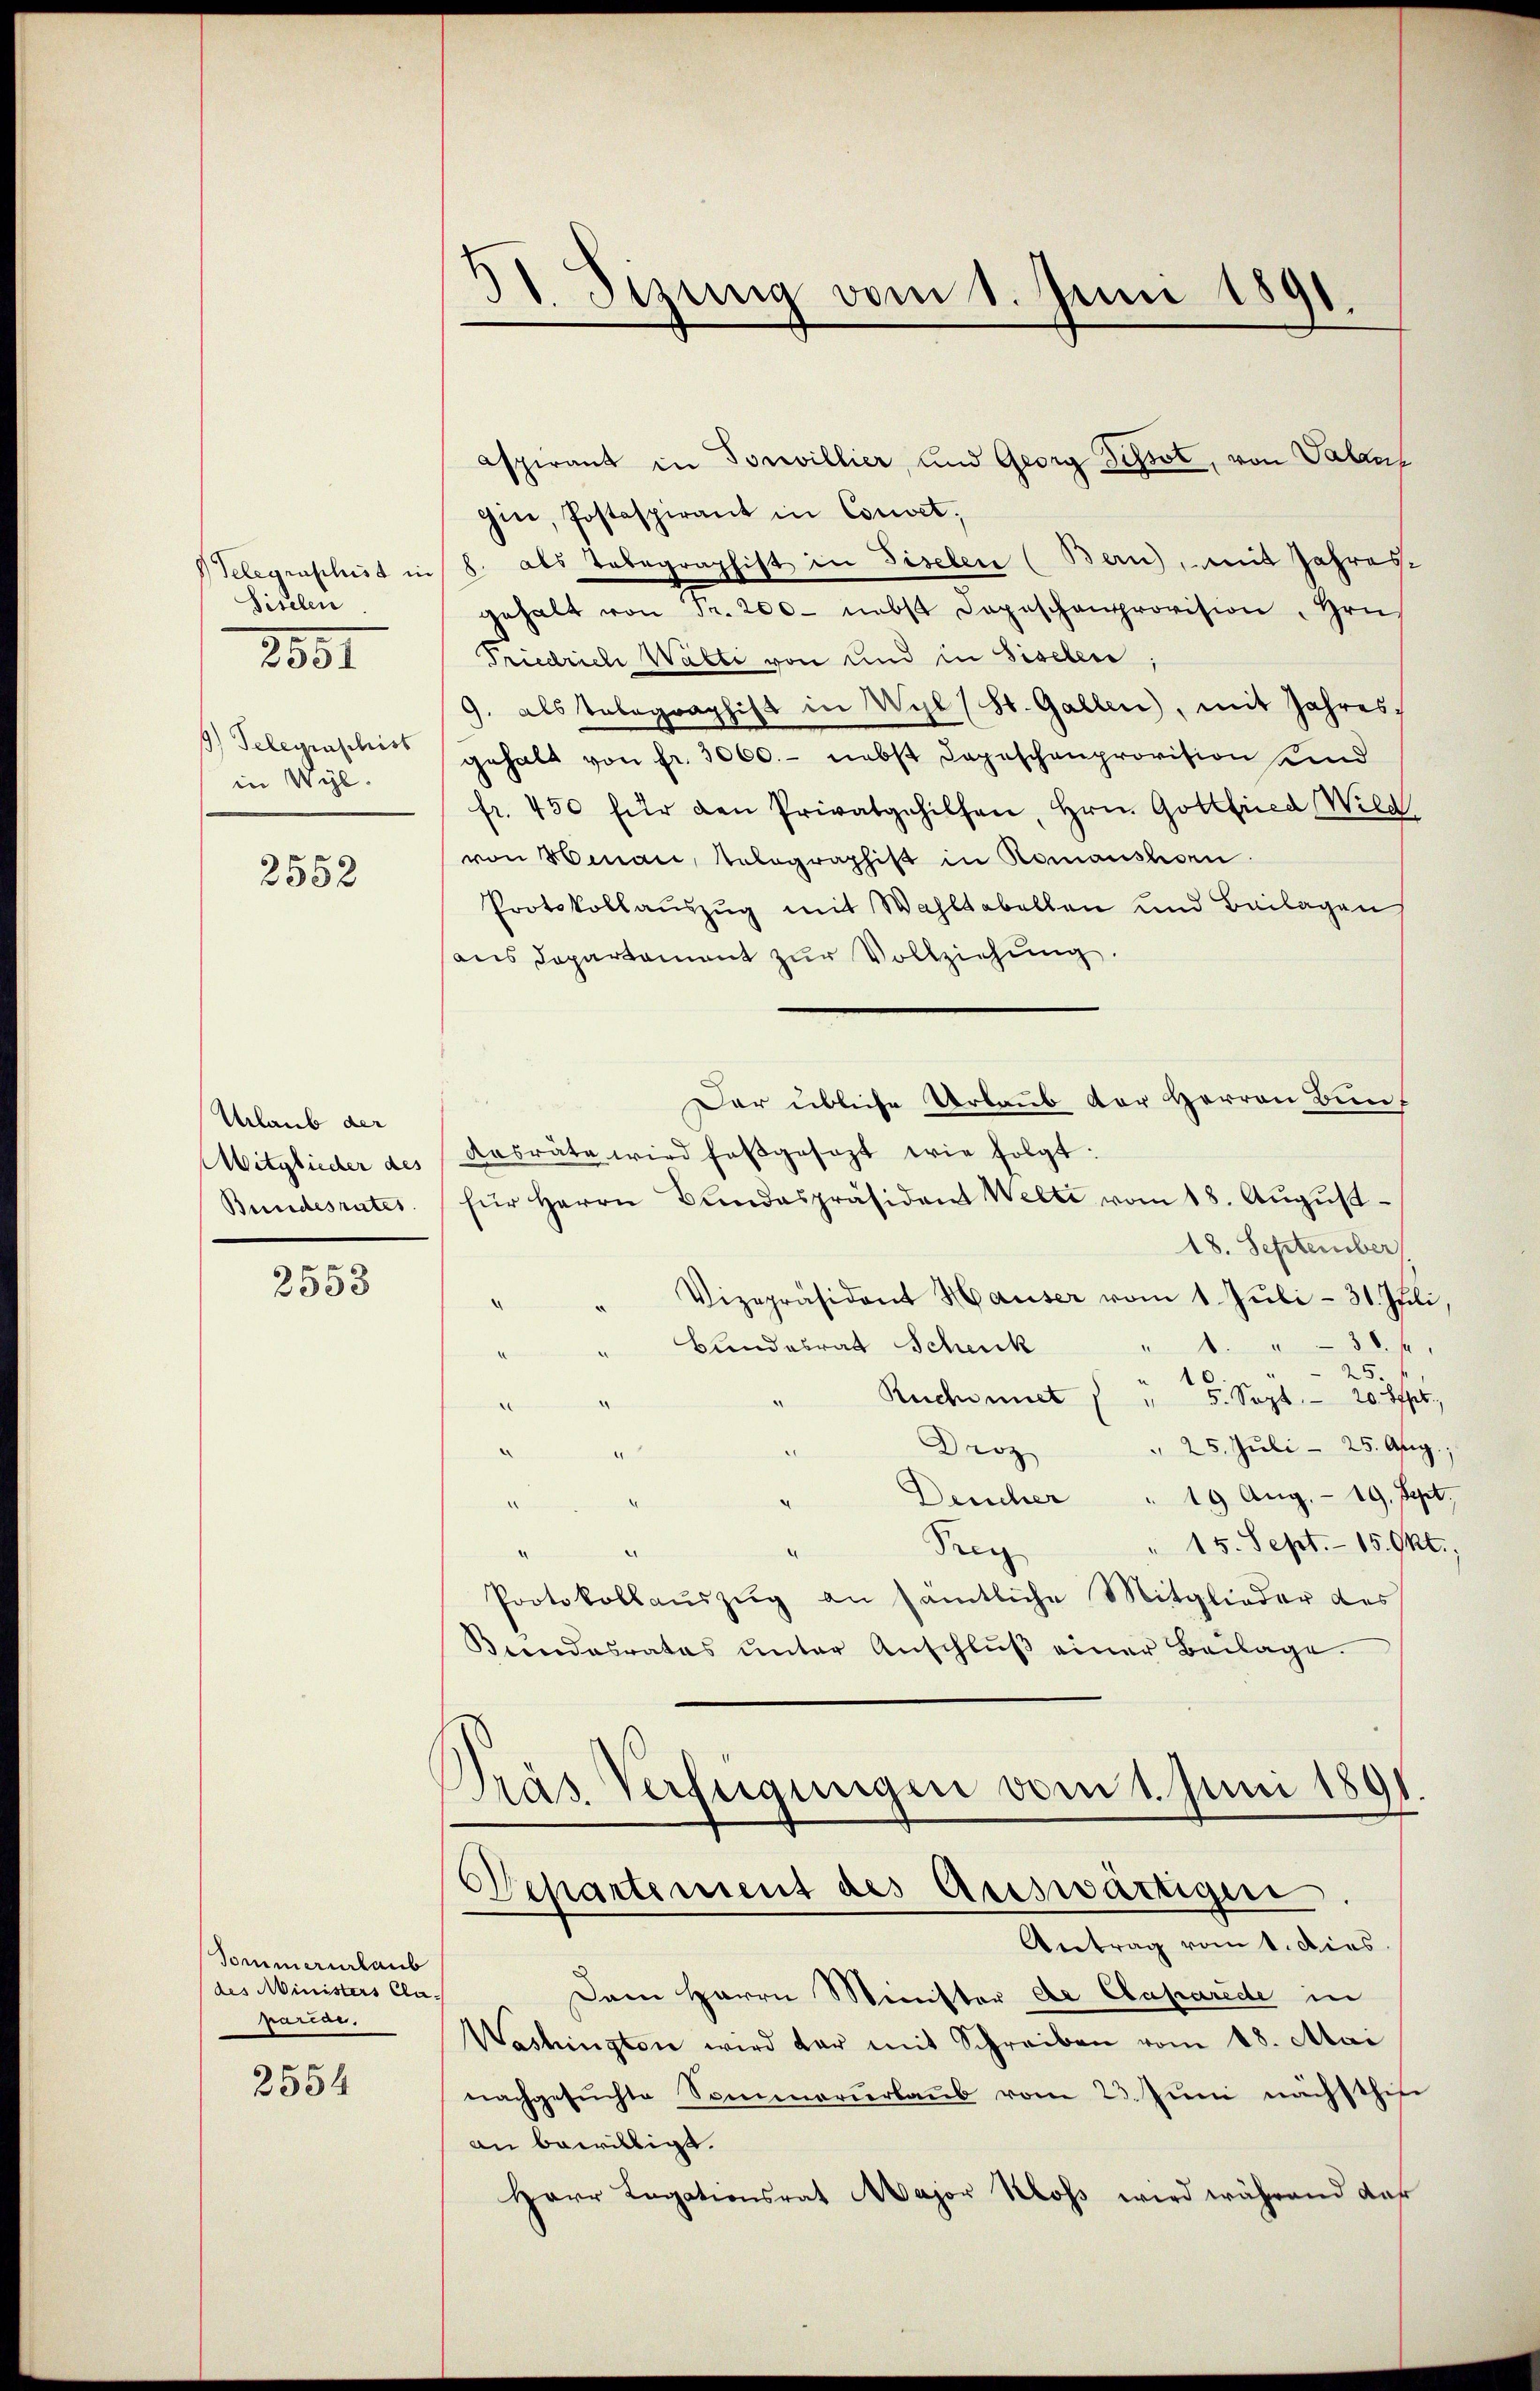
Siselen
9) Telegraschist
in Wyl.

2881

2552

Urlaub der
Mitglieder des
Bundesrates.

2553

Tommarurlaub
(des Ministers Clararias.

2554

31. Sizung vom 1. Juni 1891.

aspirant in Sonvillier, und Georg desst, von Valans
gin, Postaspirant in Couvet,
Belegrascheit in 8. als Tobegraphist in Fiselen (Bern), mit Jahres-
gehalt von Fr. 200 nebst Depeschenprovision, Hrn.
Friedrich Walti von und in Siselen;
9. als Telegraphist in Wyl (St. Gallen, mit Jahres,
gehalt von fr. 3000.- nebst Depeschenprovision und
fr. 450 für den Privatgehilfen, Hrn. Gottfried Wild
von Hinau, Telegraphist in Romanshorn
Protokollauszug mit Wahltabellen und Beilagen
aus Departement zur Vollziehung.
Dar übliche Urlaub der Herren Bunf
Aasräte wird faβgesezt wie folgt:
für Herrn Bandaspräsident Welti vom 18. Aŭgŭst
18. September
Vizepräsident Hauser vom 1. Juli - 31. Juli,
Bundesrat Schenk
s
u
Reich miet
5. Sept. - 20. Offer,
e
 25. Juli - 25. Aug.
Droz
4
Deucher " 19 Aug. - 19. Sept.

" 15. Sept. 15. Okt.,
Feig
.
Protokollaŭszŭg an sämtliche Mitglieder des
Kindesrates ŭnter Anschlŭβ einer Beilage.
Pras Verfügungen vom 1. Juni 1891
Separtement des Auswärtiger
Antrag vom 1. Dies
Dem Herrn Minister de Caparede in
Washingten wird dar mit Schreiben vom 18. Mai
nachgesŭchte Sommarierlaŭb vom 23. Juni nächsthie
an bewilligt.
Herr Legationsrat Major Kloss wird während daß